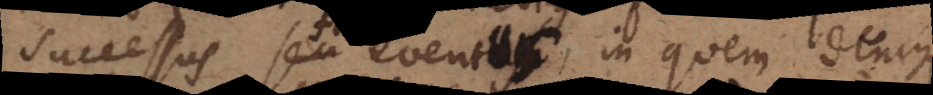
successus seu eventus, in quem denique